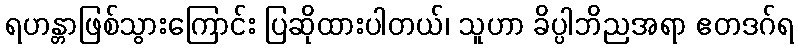
ရဟန္တာဖြစ်သွားကြောင်း ပြဆိုထားပါတယ်၊ သူဟာ ခိပ္ပါဘိညအရာ ဧတဒဂ်ရ